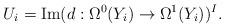
LaTeX: \begin{align*}U_i =\mathrm{Im}(d : \Omega^0(Y_i) \to \Omega^1(Y_i))^I.\end{align*}